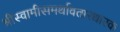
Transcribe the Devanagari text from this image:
श्रीस्वामीसमर्थावतारधारक